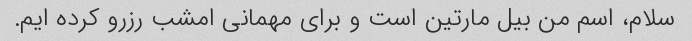
سلام، اسم من بیل مارتین است و برای مهمانی امشب رزرو کرده ایم.